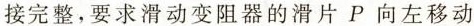
接完整，要求滑动变阻器的滑片P向左移动